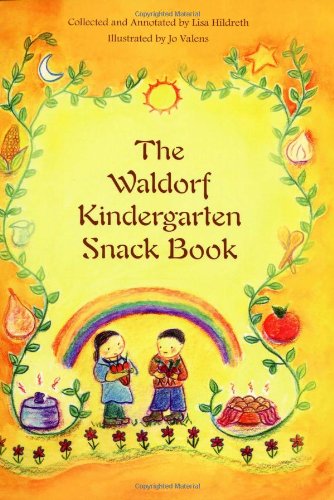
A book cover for The Waldorf Kindergarten Snack Book; Lisa Hildreth; Cookbooks, Food & Wine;